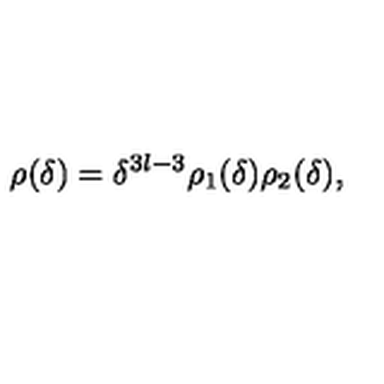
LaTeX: \rho ( \delta ) = \delta ^ { 3 l - 3 } \rho _ { 1 } ( \delta ) \rho _ { 2 } ( \delta ) ,